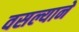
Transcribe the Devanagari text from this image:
वसल्याने